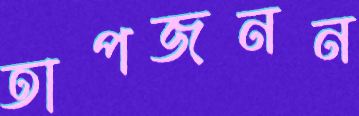
তাপজনন